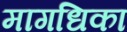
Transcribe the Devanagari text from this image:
मागधिका